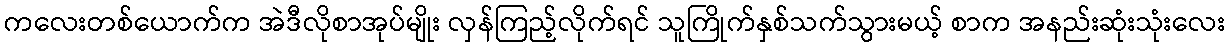
ကလေးတစ်ယောက်က အဲဒီလိုစာအုပ်မျိုး လှန်ကြည့်လိုက်ရင် သူကြိုက်နှစ်သက်သွားမယ့် စာက အနည်းဆုံးသုံးလေး